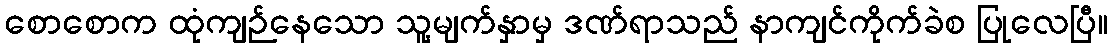
စောစောက ထုံကျဉ်နေသော သူ့မျက်နှာမှ ဒဏ်ရာသည် နာကျင်ကိုက်ခဲစ ပြုလေပြီ။